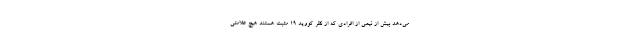
می‌دهد بیش از نیمی از افرادی که از نظر کووید ۱۹ مثبت هستند هیچ علامتی